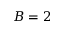
B = 2